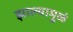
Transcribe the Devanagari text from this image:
झाल्यामुळं